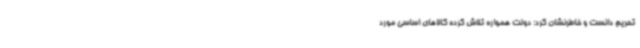
تحریم دانست و خاطرنشان کرد: دولت همواره تلاش کرده کالاهای اساسی مورد